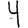
Digit: 4